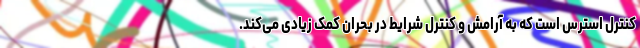
کنترل استرس است که به آرامش و کنترل شرایط در بحران کمک زیادی می‌کند.